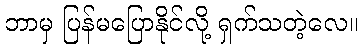
ဘာမှ ပြန်မပြောနိုင်လို့ ရှက်သတဲ့လေ။